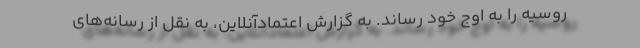
روسیه را به اوج خود رساند. به گزارش اعتمادآنلاین، به نقل از رسانه‌های